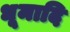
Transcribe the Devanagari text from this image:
धूमादि